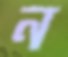
ন